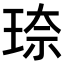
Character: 𪻦